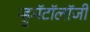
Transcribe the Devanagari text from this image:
ऱ्हुमॅटॉलॉजी